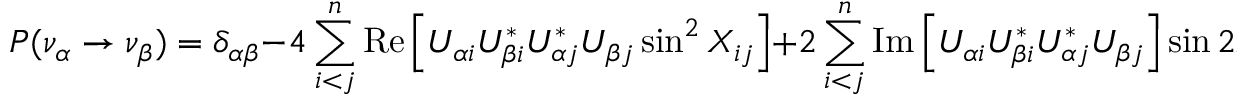
P ( \nu _ { \alpha } \rightarrow \nu _ { \beta } ) = \delta _ { \alpha \beta } - 4 \sum _ { i < j } ^ { n } \mathrm { R e } \left[ U _ { \alpha i } U _ { \beta i } ^ { * } U _ { \alpha j } ^ { * } U _ { \beta j } \sin ^ { 2 } X _ { i j } \right] + 2 \sum _ { i < j } ^ { n } \mathrm { I m } \left[ U _ { \alpha i } U _ { \beta i } ^ { * } U _ { \alpha j } ^ { * } U _ { \beta j } \right] \sin 2 X _ { i j } ,